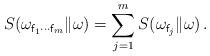
LaTeX: \begin{align*} S(\omega_{{\sf f}_1 \cdots {\sf f}_m}\|\omega) = \sum_{j = 1}^m S(\omega_{{\sf f}_j}\| \omega) \,.\end{align*}